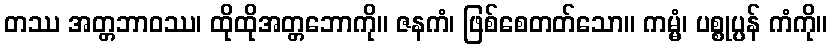
တဿ အတ္တဘာဝဿ၊ ထိုထိုအတ္တဘောကို။ ဇနကံ၊ ဖြစ်စေတတ်သော။ ကမ္မံ၊ ပစ္စုပ္ပန် ကံကို။